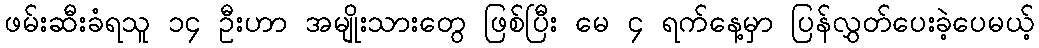
ဖမ်းဆီးခံရသူ ၁၄ ဦးဟာ အမျိုးသားတွေ ဖြစ်ပြီး မေ ၄ ရက်နေ့မှာ ပြန်လွှတ်ပေးခဲ့ပေမယ့်